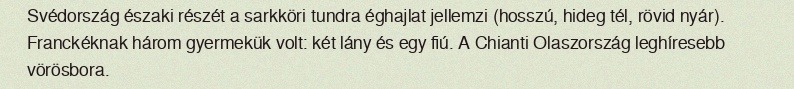
Svédország északi részét a sarkköri tundra éghajlat jellemzi (hosszú, hideg tél, rövid nyár). Franckéknak három gyermekük volt: két lány és egy fiú. A Chianti Olaszország leghíresebb vörösbora.